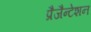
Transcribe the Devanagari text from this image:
प्रैजैन्टेशन